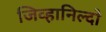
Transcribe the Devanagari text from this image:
जिव्हानिल्दो